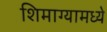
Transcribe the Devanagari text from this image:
शिमाग्यामध्ये